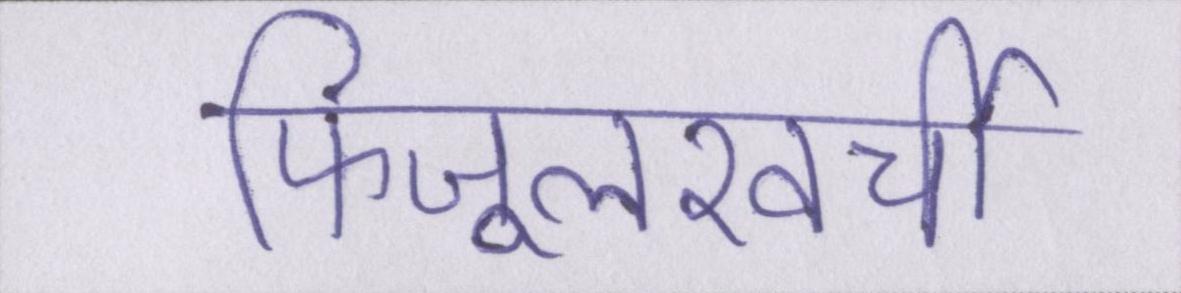
फिजूलखर्ची